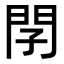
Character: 𨳕